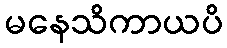
မနေသိကာယပိ